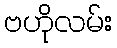
ဗဟိုလမ်း